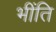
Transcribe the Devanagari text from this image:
भींति